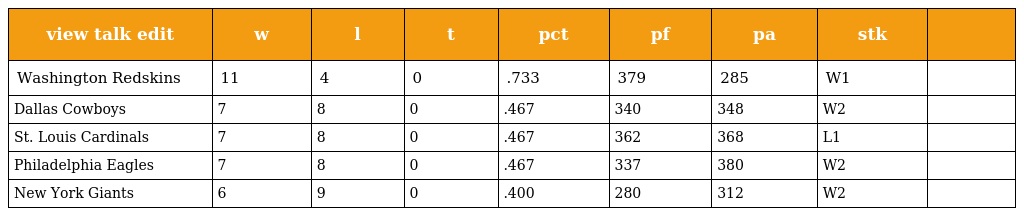
| view talk edit | w | l | t | pct | pf | pa | stk |  |
 | --- | --- | --- | --- | --- | --- | --- | --- | --- |
 | Washington Redskins | 11 | 4 | 0 | .733 | 379 | 285 | W1 |  |
 | Dallas Cowboys | 7 | 8 | 0 | .467 | 340 | 348 | W2 |  |
 | St. Louis Cardinals | 7 | 8 | 0 | .467 | 362 | 368 | L1 |  |
 | Philadelphia Eagles | 7 | 8 | 0 | .467 | 337 | 380 | W2 |  |
 | New York Giants | 6 | 9 | 0 | .400 | 280 | 312 | W2 |  |